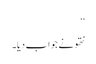
‘‘
نتھو نے جواب دیا۔